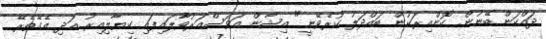
ދައްކަން ބޭނުން. ކޮންއިރަކުން ބައްދަލު ކުރެވޭނީ" އިޝާން އަވަސްއަރުވާލައިފައި ކިޔާލިއިރު އަދި އެގޭތެރޭ